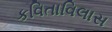
કવિતાવિલાસ